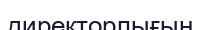
директорлығын